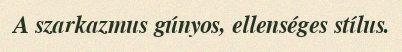
A szarkazmus gúnyos, ellenséges stílus.